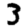
Digit: 3